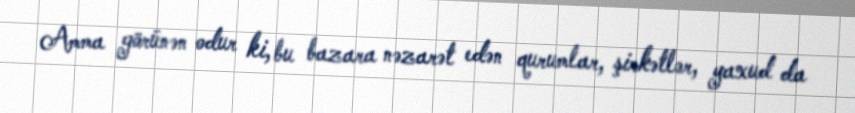
Amma görünən odur ki, bu bazara nəzarət edən qurumlar, şirkətlər, yaxud da